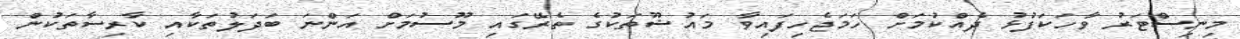
މިނިސްޓަރު ވާހަކަފުޅު ދެއްކުމަށް ހަމަޖެހިފައިވާ މައުޟޫތަކުގެ ތެރޭގައި މޫސުމަށް އަންނަ ބަދަލުތަކާއި ކާރިސާތަކުން